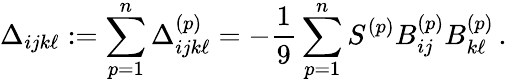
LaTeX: \Delta_{ijk\ell}:=\sum_{p=1}^{n}\Delta_{ijk\ell}^{(p)}=-\frac{1}{9}\sum_{p=1}^{n}S^{(p)}B_{ij}^{(p)}B_{k\ell}^{(p)}\, .